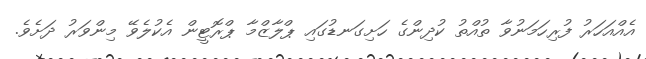
އެއްއަހަރު ފުރިހަމަނުވާ ތުއްތު ކުދިންގެ ހަށިގަނޑުގައި ޕްލާޒްމާ ޕްރޮޓީން އެކުލެވޭ މިންވަރު ދަށެވެ.